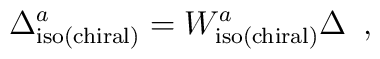
\Delta _{\rm iso(chiral)}^a=W_{\rm iso(chiral)}^a\Delta \,\,\,,